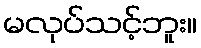
မလုပ်သင့်ဘူး။